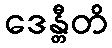
ဒေန္တီတိ